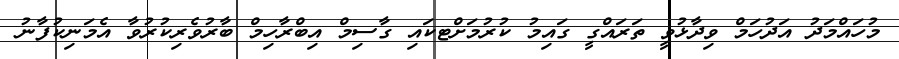
މުހައްމަދު އަދުހަމް ވިދާޅުވީ ތަރައްގީ ގައިމު ކުރުމަށްޓކައި ގާސިމް އިބްރާހިމް ބާރުވެރިކުރުވާ އެމަނިކުފާނު